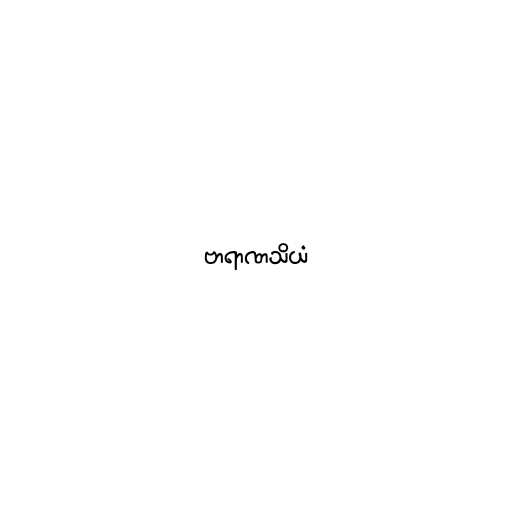
ဗာရာဏသိယံ